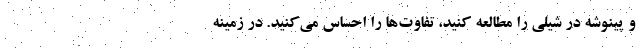
و پینوشه در شیلی را مطالعه کنید، تفاوت‌ها را احساس می‌کنید. در زمینه